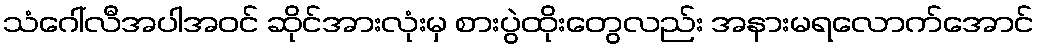
သံဂေါ်လီအပါအဝင် ဆိုင်အားလုံးမှ စားပွဲထိုးတွေလည်း အနားမရလောက်အောင်